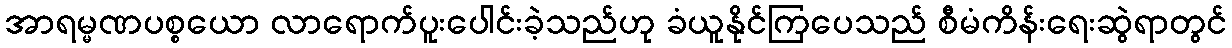
အာရမ္မဏပစ္စယော လာရောက်ပူးပေါင်းခဲ့သည်ဟု ခံယူနိုင်ကြပေသည် စီမံကိန်းရေးဆွဲရာတွင်